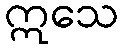
ဣသေ